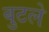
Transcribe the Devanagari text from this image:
बुटले